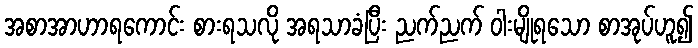
အစာအာဟာရကောင်း စားရသလို အရသာခံပြီး ညက်ညက် ဝါးမျိုရသော စာအုပ်ဟူ၍